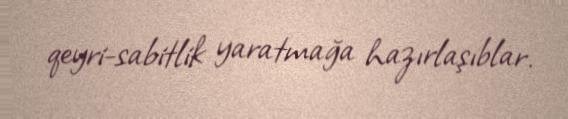
qeyri-sabitlik yaratmağa hazırlaşıblar.